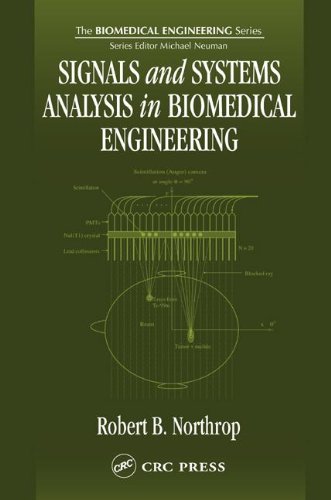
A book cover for Signals and Systems Analysis In Biomedical Engineering; Robert B. Northrop; Medical Books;